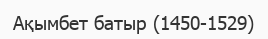
Ақымбет батыр (1450-1529)